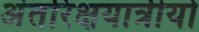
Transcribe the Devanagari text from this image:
अंतरिक्षयात्रीयो